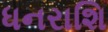
ધનરાશિ